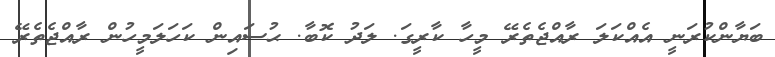
ބަޔާންކުރަނީ އެއްކަލަ ރާއްޖެތެރޭ މީހާ ކާރީގަ. ލަދު ކޮބާ. ޙުސައިން ކަހަލަމީހުން ރާއްޖެތެރޭ